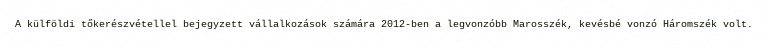
A külföldi tőkerészvétellel bejegyzett vállalkozások számára 2012-ben a legvonzóbb Marosszék, kevésbé vonzó Háromszék volt.